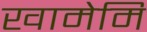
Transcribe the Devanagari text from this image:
खामेमि